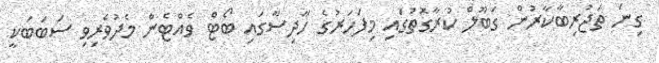
ގިނަ ތަޖުރިބާކާރުން ގަބޫލް ކުރާގޮތުގައި މިފަހަރުގެ ހާދިސާގައި ބޯޓް ވެއްޓެން މެދުވެރިވި ސަބަބަކީ